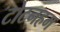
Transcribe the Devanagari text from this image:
टोटनहम